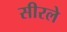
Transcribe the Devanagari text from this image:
सीरले